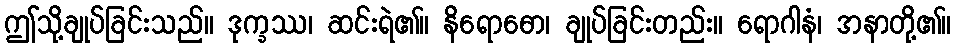
ဤသို့ချုပ်ခြင်းသည်။ ဒုက္ခဿ၊ ဆင်းရဲ၏။ နိရောဓော၊ ချုပ်ခြင်းတည်း။ ရောဂါနံ၊ အနာတို့၏။